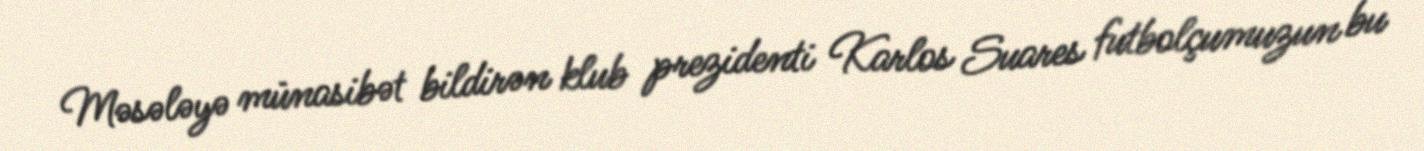
Məsələyə münasibət bildirən klub prezidenti Karlos Suares futbolçumuzun bu